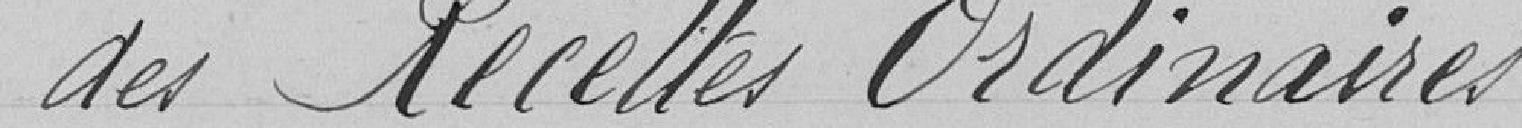
des Recettes Ordinaires